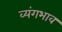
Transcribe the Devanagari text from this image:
व्यंगभाव